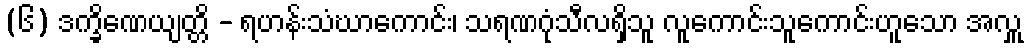
(၆) ဒက္ခိဏေယျတ္တိ - ရဟန်းသံဃာကောင်း၊ သရဏဂုံသီလရှိသူ လူကောင်းသူကောင်းဟူသော အလှူ